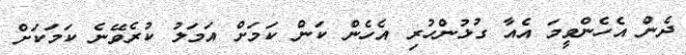
ދެން އެހެންވީމަ އެއާ ގުޅުންހުރި އެހެން ކަން ކަމަށް އަމަލު ކުރެވޭނެ ކަމަކަށް